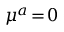
{ \mu } ^ { a } \! = \! 0